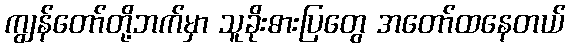
ကျွန်တော်တို့ဘက်မှာ သူခိုးဓားပြတွေ အတော်ထနေတယ်